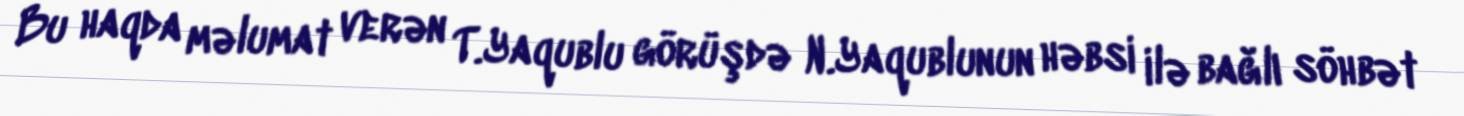
Bu haqda məlumat verən T.Yaqublu görüşdə N.Yaqublunun həbsi ilə bağlı söhbət